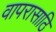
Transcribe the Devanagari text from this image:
वापरासाठि